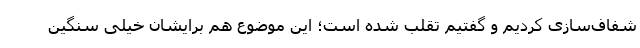
شفاف‌سازی کردیم و گفتیم تقلب شده است؛ این موضوع هم برایشان خیلی سنگین